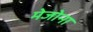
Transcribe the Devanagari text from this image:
मेजोना